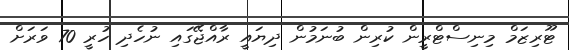
ޓޫރިޒަމް މިނިސްޓްރީން ކުރިން ބުނަމުން ދިޔައީ ރާއްޖޭގައި ނުހެދި ހުރީ 70 ވަރަށް